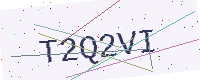
Text: T2Q2VI